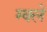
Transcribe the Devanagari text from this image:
म्क्लेँ